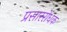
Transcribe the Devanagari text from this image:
प्रसाररोधक